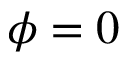
\phi = 0